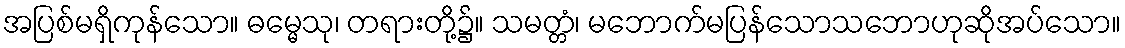
အပြစ်မရှိကုန်သော။ ဓမ္မေသု၊ တရားတို့၌။ သမတ္တံ၊ မဘောက်မပြန်သောသဘောဟုဆိုအပ်သော။